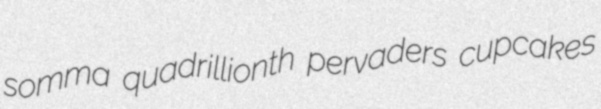
somma quadrillionth pervaders cupcakes